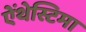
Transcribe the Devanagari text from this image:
ऐंथेस्टिमा